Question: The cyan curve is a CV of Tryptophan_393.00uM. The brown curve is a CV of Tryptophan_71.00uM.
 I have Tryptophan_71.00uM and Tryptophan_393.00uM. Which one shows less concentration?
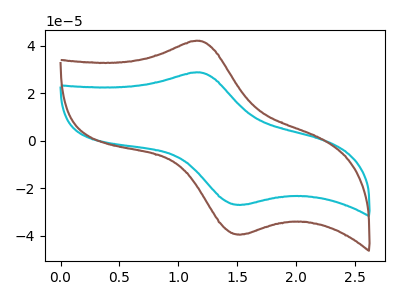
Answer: <think>The cyan curve "Tryptophan_393.00uM" has an anodic peak at (1.15V, 28.75uA) and a cathodic peak at (1.55V, -26.95uA). The brown curve "Tryptophan_71.00uM" has an anodic peak at (1.15V, 42.05uA) and a cathodic peak at (1.55V, -39.45uA).
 All the peaks in "Tryptophan_71.00uM" have a peak in "Tryptophan_393.00uM" at the same potential. Every peak in "Tryptophan_71.00uM" is higher than every peak in "Tryptophan_393.00uM".</think>
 <answer>"Tryptophan_71.00uM" has more signal than "Tryptophan_393.00uM" and so likely has a higher concentration.</answer>
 <eval>more_concentration</eval>